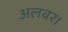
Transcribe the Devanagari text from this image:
अलवर।